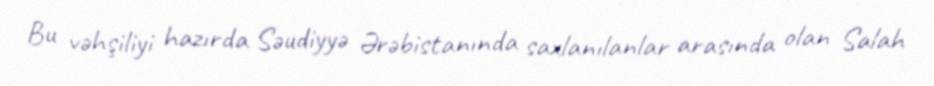
Bu vəhşiliyi hazırda Səudiyyə Ərəbistanında saxlanılanlar arasında olan Salah